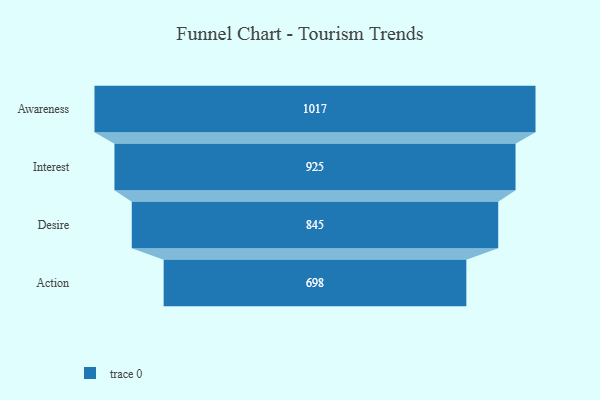
{"axis": {"x": "Stage", "y": "Value"}, "legend": [""], "data": [{"x": "Awareness", "y": 1017.0, "type": ""}, {"x": "Interest", "y": 925.0, "type": ""}, {"x": "Desire", "y": 845.0, "type": ""}, {"x": "Action", "y": 698.0, "type": ""}]}